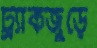
ট্র্যাকজুড়ে